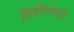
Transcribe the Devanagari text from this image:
गृहहीनांसाठी